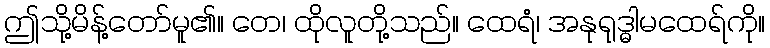
ဤသို့မိန့်တော်မူ၏။ တေ၊ ထိုလူတို့သည်။ ထေရံ၊ အနုရုဒ္ဓါမထေရ်ကို။